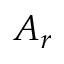
A _ { r }